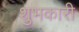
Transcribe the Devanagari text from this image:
शुभकारी